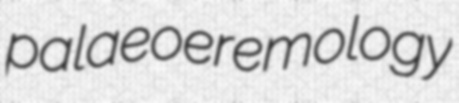
palaeoeremology